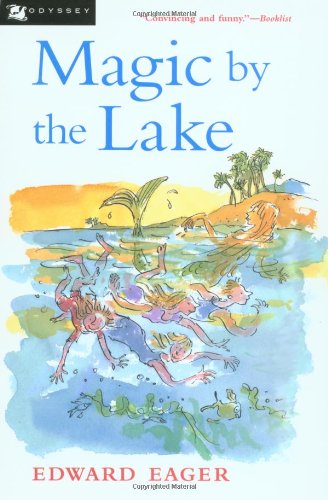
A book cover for Magic by the Lake; Edward Eager; Children's Books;